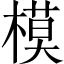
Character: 模